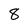
Character: 8